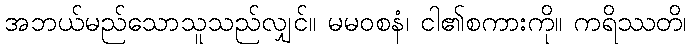
အဘယ်မည်သောသူသည်လျှင်။ မမဝစနံ၊ ငါ၏စကားကို။ ကရိဿတိ၊